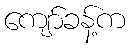
ကျော်ခန့်က